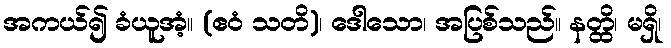
အကယ်၍ ခံယူအံ့။ (ဧဝံ သတိ)၊ ဒေါသော၊ အပြစ်သည်။ နတ္ထိ၊ မရှိ၊